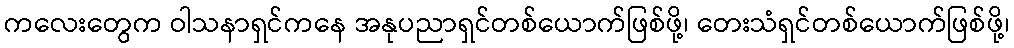
ကလေးတွေက ဝါသနာရှင်ကနေ အနုပညာရှင်တစ်ယောက်ဖြစ်ဖို့၊ တေးသံရှင်တစ်ယောက်ဖြစ်ဖို့၊